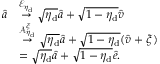
\begin{array} { r l } { \hat { a } } & { \overset { \mathcal { E } _ { \eta _ { \mathrm { d } } } } { \rightarrow } \sqrt { \eta _ { \mathrm { d } } } \hat { a } + \sqrt { 1 - \eta _ { \mathrm { d } } } \hat { v } } \\ & { \overset { \mathcal { A } _ { \eta _ { \mathrm { d } } } ^ { \xi } } { \rightarrow } \sqrt { \eta _ { \mathrm { d } } } \hat { a } + \sqrt { 1 - \eta _ { \mathrm { d } } } ( \hat { v } + \xi ) } \\ & { = \sqrt { \eta _ { \mathrm { d } } } \hat { a } + \sqrt { 1 - \eta _ { \mathrm { d } } } \hat { e } . } \end{array}